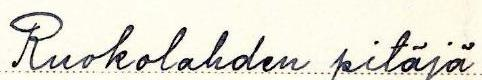
Ruokolahden pitäjä